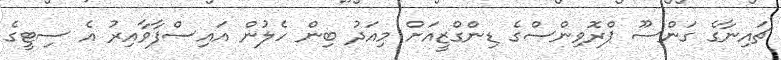
ޗައިނާގެ ގަންސޫ ޕްރޮވިންސްގެ ޑިންގްޒީއަށް މިއަދު ބިން ހެލުން އައިސްފާވާއިރު އެ ސިޓީގެ